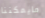
مايمكننا